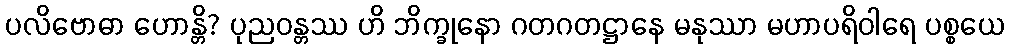
ပလိဗောဓာ ဟောန္တိ? ပုညဝန္တဿ ဟိ ဘိက္ခုနော ဂတဂတဋ္ဌာနေ မနုဿာ မဟာပရိဝါရေ ပစ္စယေ